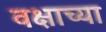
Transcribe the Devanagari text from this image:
वक्षाच्या